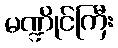
မဏ္ဍိုင်ကြီး